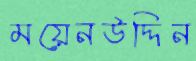
ময়েনউদ্দিন